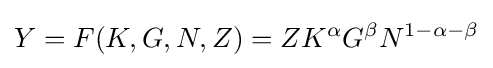
Y=F(K,G,N,Z)=ZK^{\alpha }G^{\beta }N^{1-\alpha -\beta }